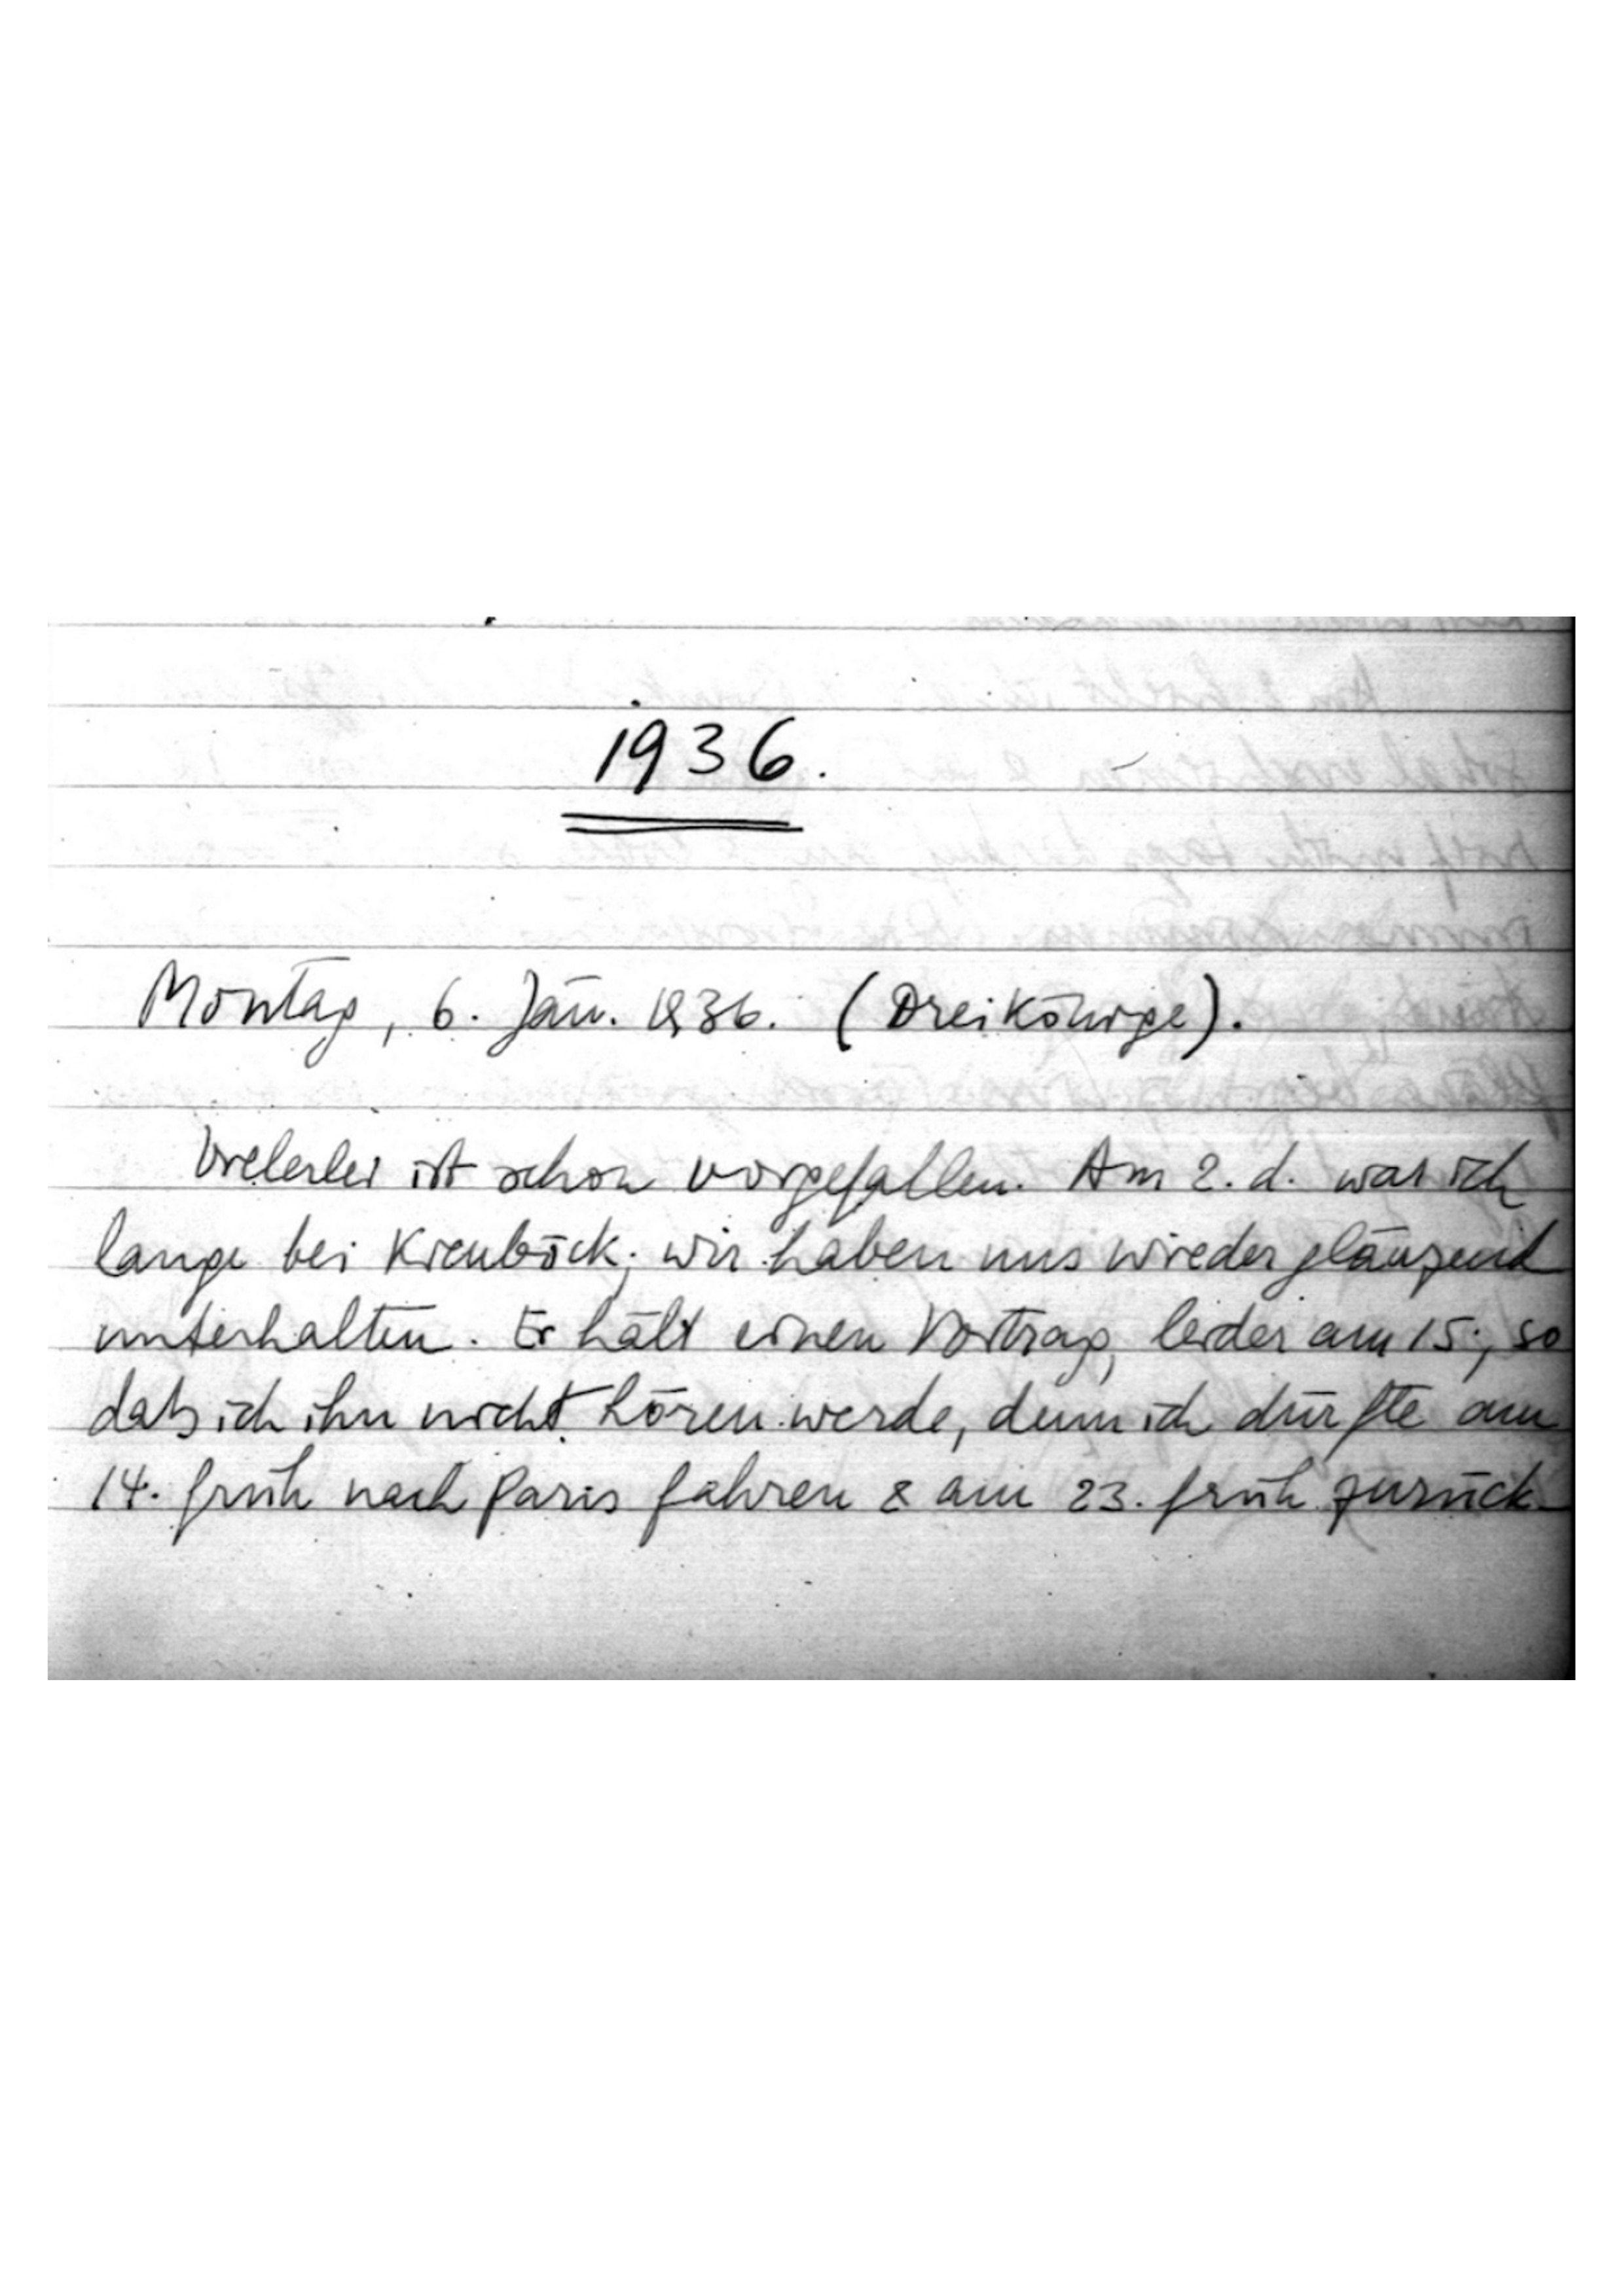
1936
Montag, 6. Jän. 1936. (Drei Könige).
Vielerlei ist schon vorgefallen. Am 2. d. war ich
lange bei Kienböck; wir haben uns wieder glänzend
unterhalten. Er hält einen Vortrag, leider am 15., so
daß ich ihn nicht hören werde, denn ich dürfte am
14. früh nach Paris fahren & am 23. früh zurück